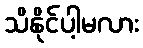
သိနိုင်ပါ့မလား